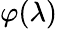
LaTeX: \varphi(\lambda)